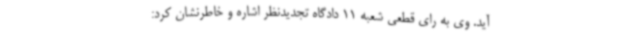
آید. وی به رای قطعی شعبه 11 دادگاه تجدیدنظر اشاره و خاطرنشان کرد: